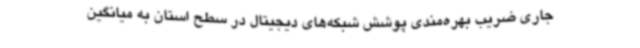
جاری ضریب بهره‌مندی پوشش شبکه‌های دیجیتال در سطح استان به میانگین